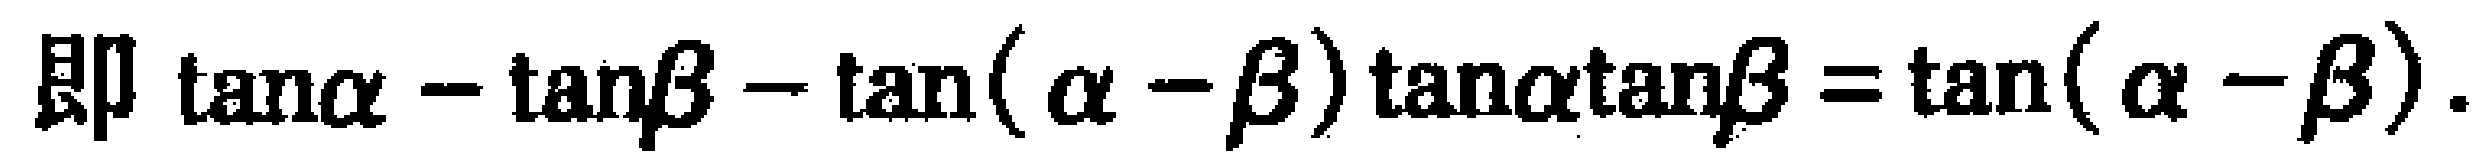
即 \(\tan\alpha - \tan\beta - \tan(\alpha - \beta)\tan\alpha\tan\beta = \tan(\alpha - \beta)\)